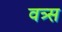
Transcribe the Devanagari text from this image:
वत्र्स